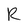
Character: R